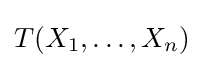
T(X_{1},\dots ,X_{n})